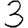
Digit: 3